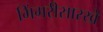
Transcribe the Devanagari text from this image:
भिंगरीसारखे